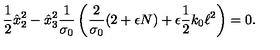
\frac { 1 } { 2 } \hat { x } _ { 2 } ^ { 2 } - \hat { x } _ { 3 } ^ { 2 } \frac { 1 } { \sigma _ { 0 } } \left( \frac { 2 } { \sigma _ { 0 } } ( 2 + \epsilon N ) + \epsilon \frac { 1 } { 2 } k _ { 0 } \ell ^ { 2 } \right) = 0 .